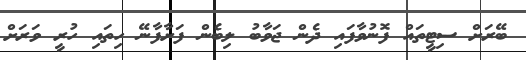
ބޭރަށް ސިޓީތައް ފޮނުވާފައި ދެން ޖަވާބު ލިބެން ފަށާފާނޭ ހިތައި ހުރީ ވަރަށް